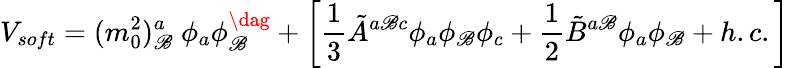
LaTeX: V_{soft}=(m_{0}^{2})_{\mathscr{B}}^{a}~\phi_{a}\phi_{\mathscr{B}}^{\dag}+\biggl[\frac{{1}}{{3}}{\tilde{{A}}}^{a\mathscr{B}c}\phi_{a}\phi_{\mathscr{B}}\phi_{c}+\frac{{1}}{{2}}{\tilde{{B}}}^{a\mathscr{B}}\phi_{a}\phi_{\mathscr{B}}+h.c.\biggr]